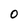
Character: o